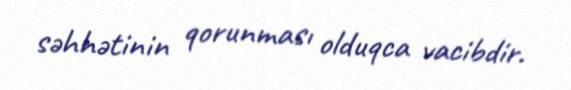
səhhətinin qorunması olduqca vacibdir.